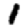
Digit: 1